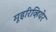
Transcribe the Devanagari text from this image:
मूइरिव्हियेर